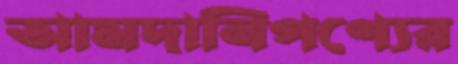
আমদানিপণ্যের